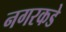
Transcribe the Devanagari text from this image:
नगरकडे